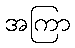
အကြာ